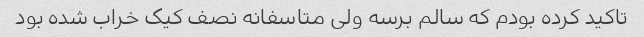
تاکید کرده بودم که سالم برسه ولی متاسفانه نصف کیک خراب شده بود